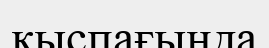
қыспағында